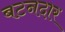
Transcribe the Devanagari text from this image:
बटनदार